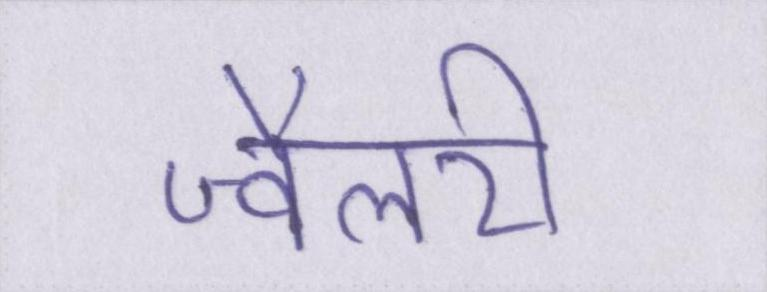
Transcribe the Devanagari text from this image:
ज्वैलरी